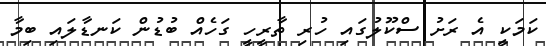
ކަމަކީ އެ ރަށު ސްކޫލުގައި ހުރި ތާރީހީ ގަހެއް ބުޑުން ކަނޑާލައި ބިމާ